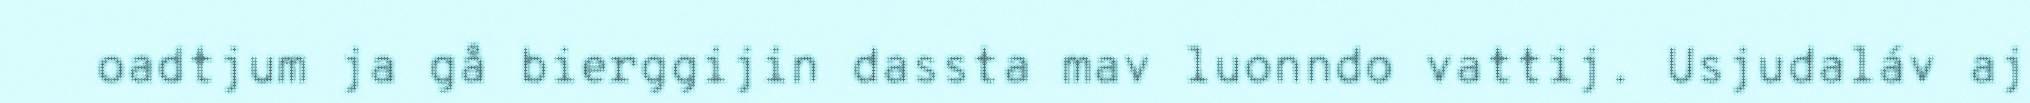
oadtjum ja gå bierggijin dassta mav luonndo vattij. Usjudaláv aj